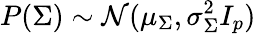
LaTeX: P(\Sigma)\sim\mathcal{N}(\mu_{\Sigma},\sigma_{\Sigma}^{2}I_{p})